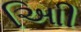
આિી